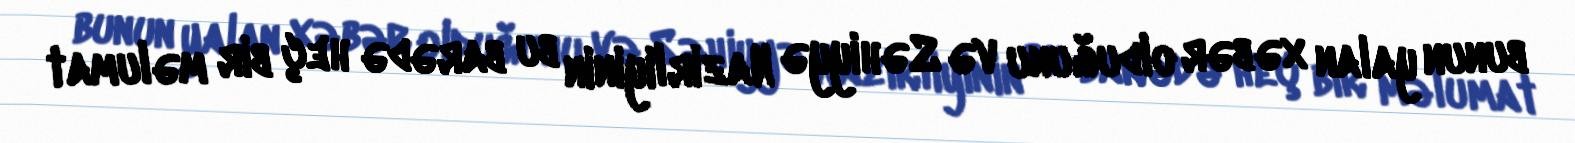
bunun yalan xəbər olduğunu və Səhiyyə Nazirliyinin bu barədə heç bir məlumat